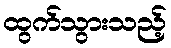
ထွက်သွားသည့်